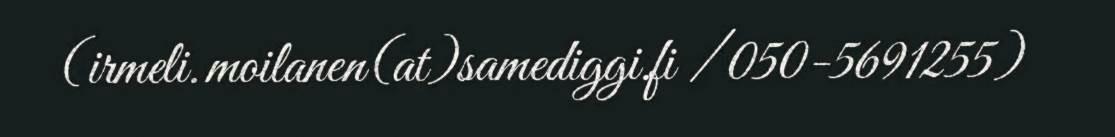
(irmeli.moilanen(at)samediggi.fi / 050-5691255)